Structure of Hæmatopota pluvialis (Meigen) - Number 55
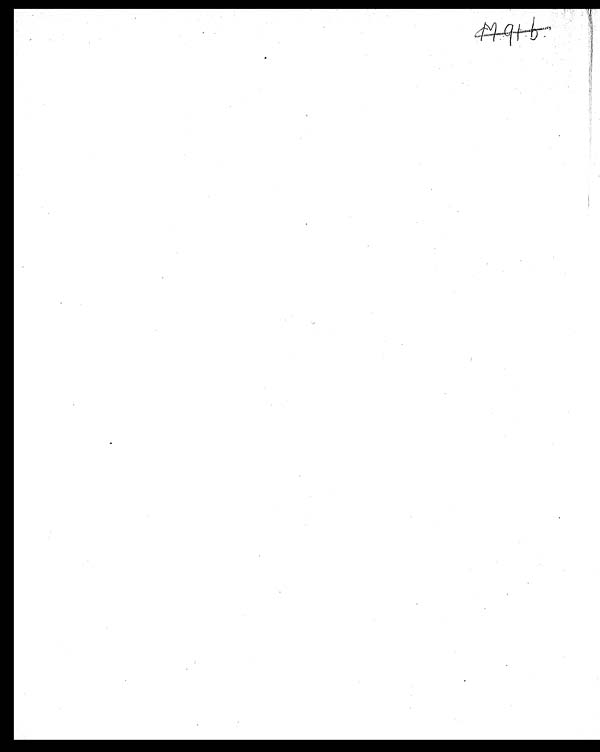
M. 91. b